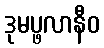
ဒုမပ္ဖလာနီဝ